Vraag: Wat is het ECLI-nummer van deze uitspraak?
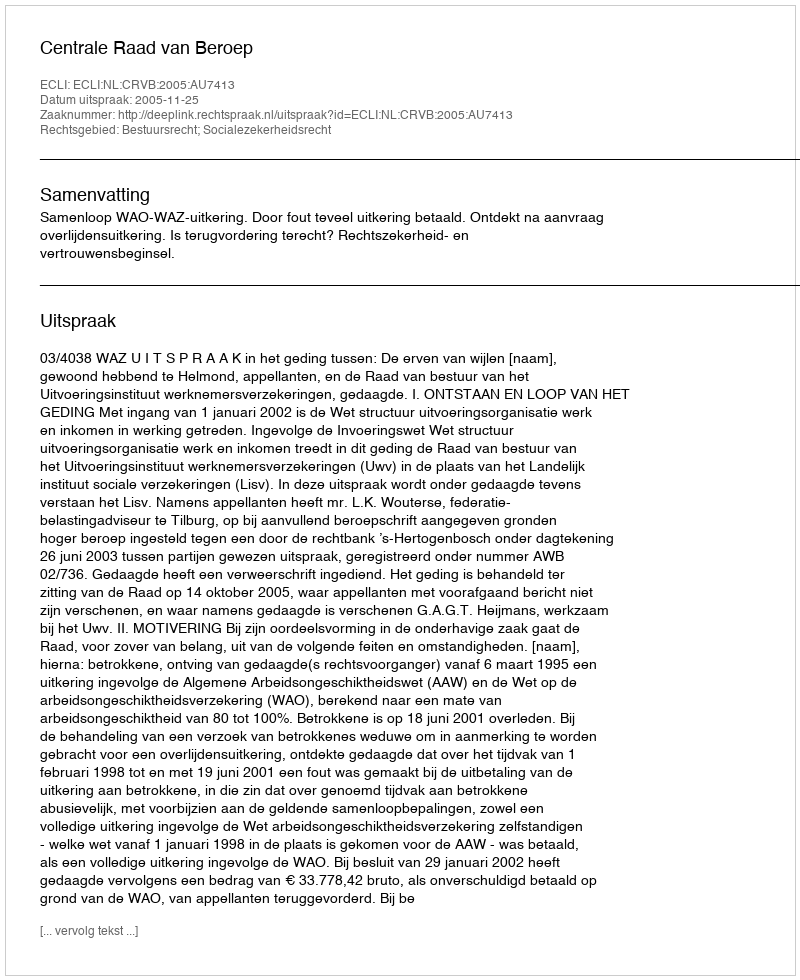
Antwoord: ECLI:NL:CRVB:2005:AU7413